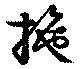
拖